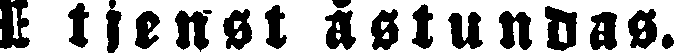
E tjent åstundas.